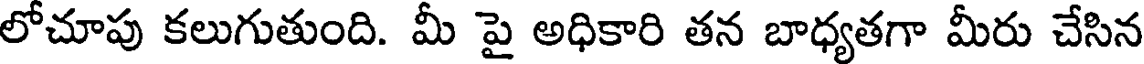
లోచూపు కలుగుతుంది. మీ పై అధికారి తన బాధ్యతగా మీరు చేసిన